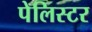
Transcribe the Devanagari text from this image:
पेलिस्टर